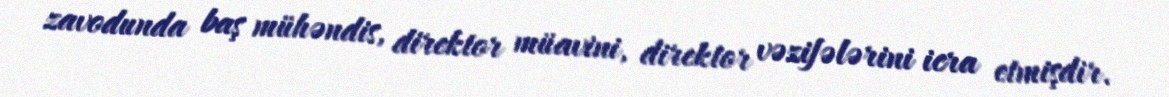
zavodunda baş mühəndis, direktor müavini, direktor vəzifələrini icra etmişdir.